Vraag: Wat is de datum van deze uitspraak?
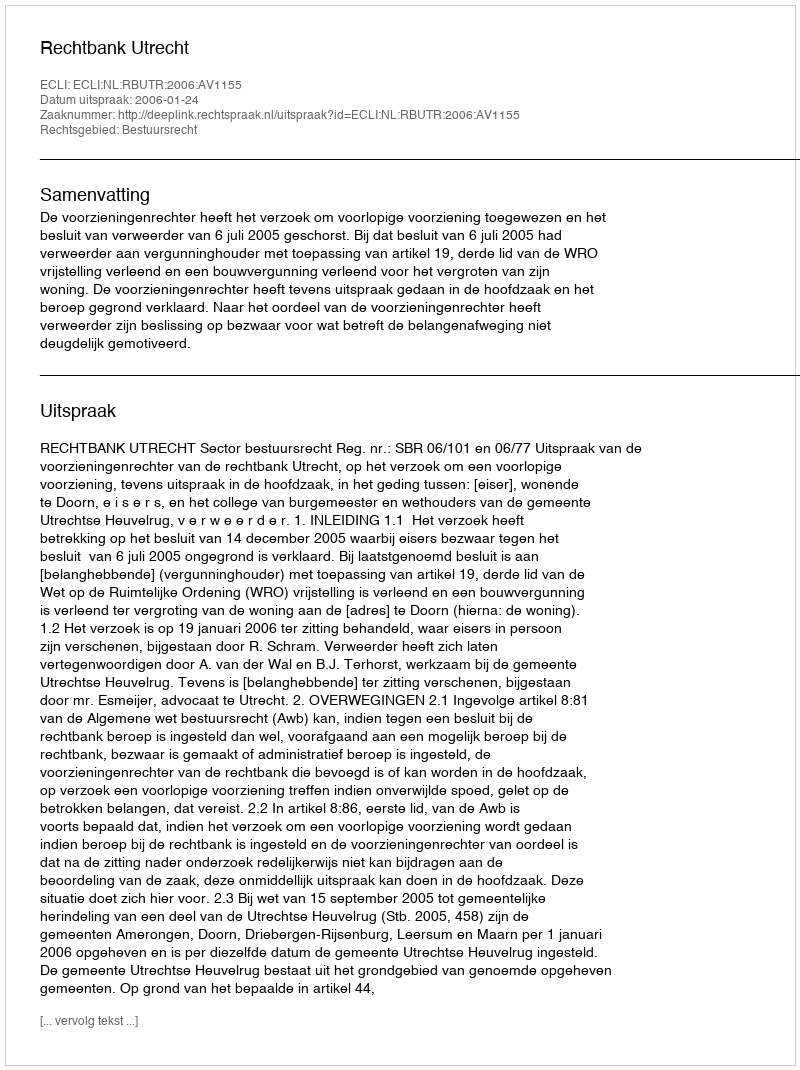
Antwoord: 2006-01-24